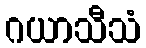
ဂယာသီသံ